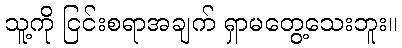
သူ့ကို ငြင်းစရာအချက် ရှာမတွေ့သေးဘူး။